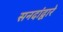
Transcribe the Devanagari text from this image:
सनदांद्वारे